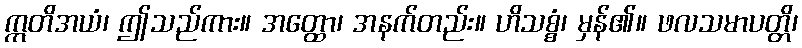
ဣတိအယံ၊ ဤသည်ကား။ အတ္ထော၊ အနက်တည်း။ ဟိသစ္စံ၊ မှန်၏။ ဖလသမာပတ္တိ၊